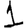
Digit: 1